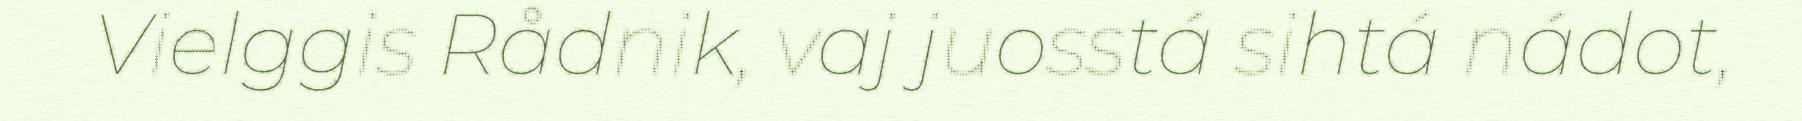
Vielggis Rådnik, vaj juosstá sihtá nádot,